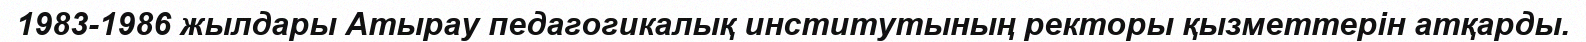
1983-1986 жылдары Атырау педагогикалық институтының ректоры қызметтерін атқарды.